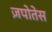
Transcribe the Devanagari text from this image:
ज़पोतेस